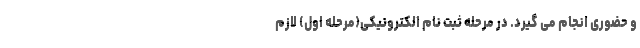
و حضوری انجام می­ گیرد. در مرحله ثبت­ نام الکترونیکی(مرحله اول) لازم